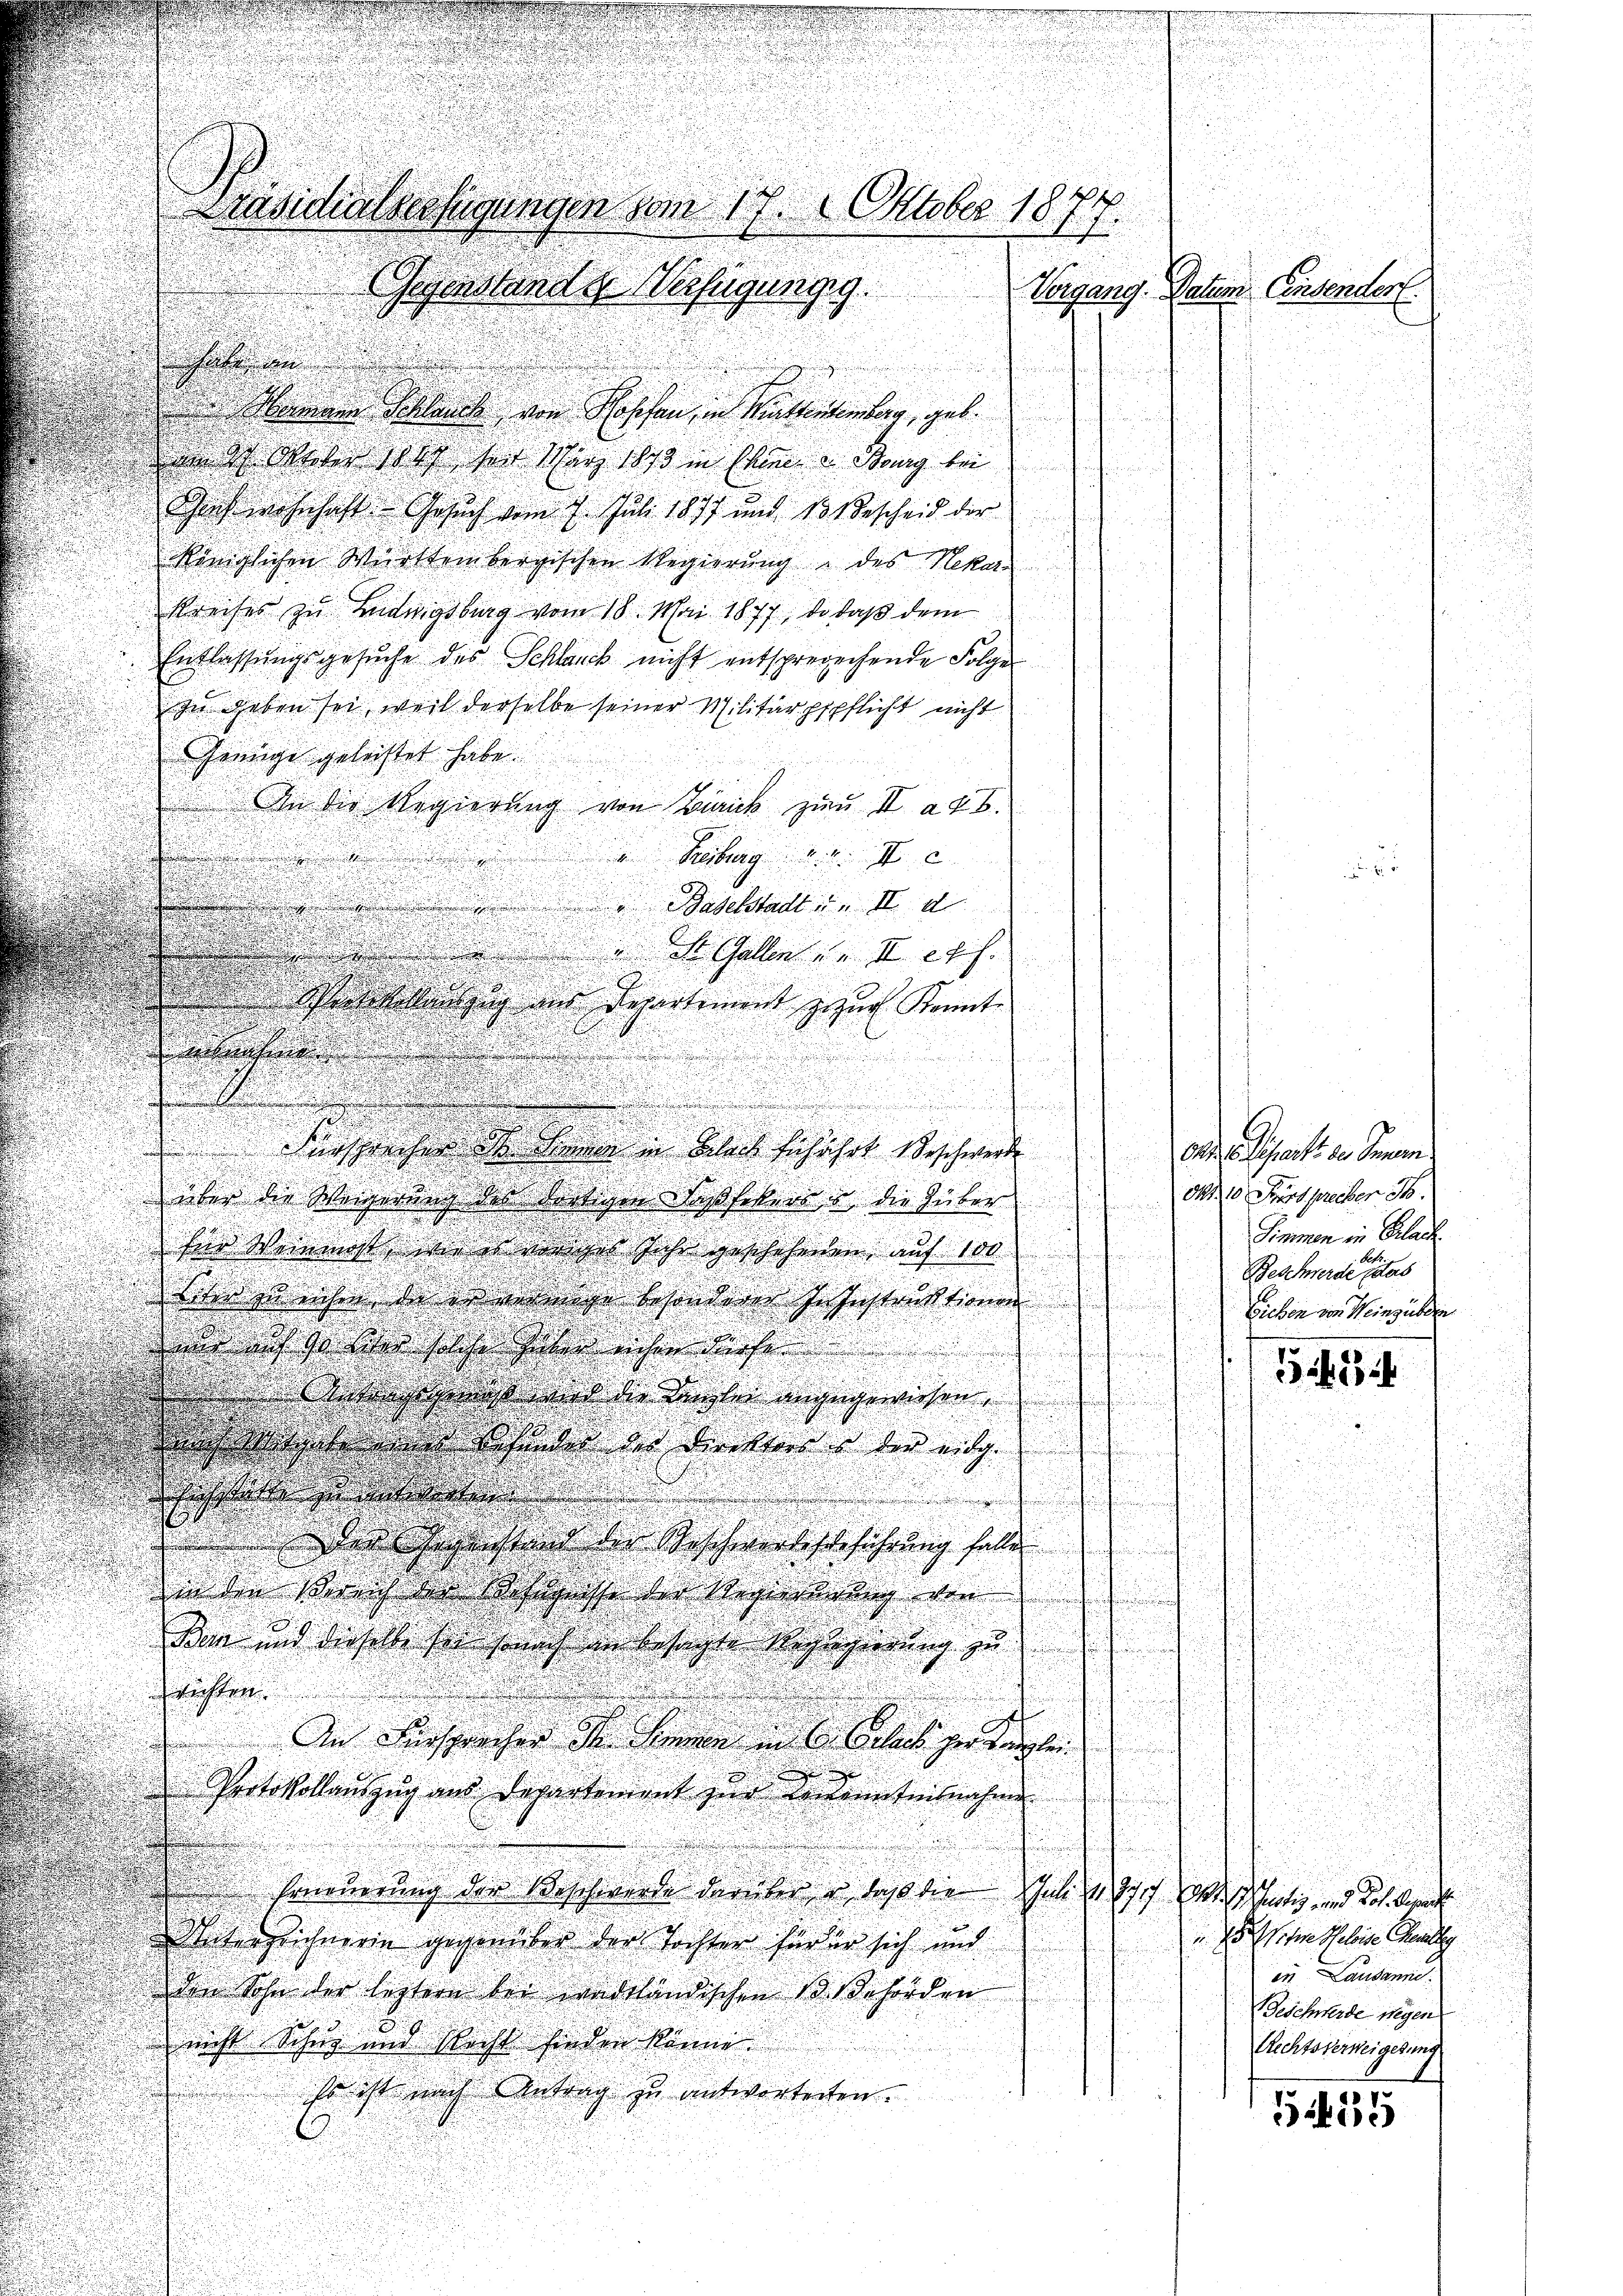
u

d
amann Schlande von Roschen, in Mittentenberg, geb.
 dch Weber soll der März 1873 in schen enig bei
Schlich wohnhaft Gesuch vom 7. Juli 1877 und 131 Bescheid der
königlichen Württembergischen Regierung des Nekar
Kreises zu Endugsburg vom 18. Mai 1877, da daß dem
Entlassungsgesuche des Schlauch nicht entsprecechende Folger
In Geben sei, weil derselbe seiner Militärpspflicht nicht
Genüge geleichtet habe.
An die Regierung von Zürick zum II. ad b.

Febr. Ic

.
 Baselstadt u. II d
¬
u
¬
n
¬
da Gallen u. II f.
.
n
.

.
i

d
 Siche sollenzung ans Departement zur Kennt¬
.
e

.

.
u
e
¬
.
u

i

.
d

d
e
.

S
d
Ansprechen so waren in Bleib befährt schwerd
über die Weigerung des dortigen dasfelend die Güter

Ein Weinmahl wie er anges Jahr geschehenen auf 100
r mache der einige Handen Geschlaktand

sors weisst sin

u
n und die dabei angegreichen
d
d
 Seelen der dieser beil
.

u
ewe
 die ehestand der Beschwertschführung selt
uir die Streich den Behörige der Befindung von
.
Dan und derselbe sie sonach an bestigte Resiger u.
richten

n

An Versprecher der Benen in clas geringlei
i
Protokollauszug und Departement zur weitenteilnahme
n
neuerung der Beschwerde darüber er dass die That sie sich das heutig und Joh. Recht
Unterzeichnerin gesandter der Tochter harten sich und
den Sohn der letztere bei andeländischen 10. Behörden
d
nicht Schig und Rechts finden könne
so ist nach Antrag zu antworteten.

Nevidirtestigungen vom 17. Oktober 1877.
geforstande Verfügung g
Vorgang. Datum Einsendert.

Okt. 16. Scharts des Innern
Okt. 10. Fürspreiber 8.
Simmen in Blach.
Beschwerde dies
Eichen von Weinzuden

543

hohen Scheleise ander
in Landame.
Beschwerde wegen
Rechtsverweigerung

5255